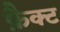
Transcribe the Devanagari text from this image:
फ़ैक्ट